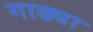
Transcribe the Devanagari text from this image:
गाढ्या